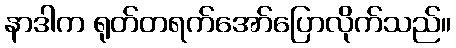
နာဒါက ရုတ်တရက်အော်ပြောလိုက်သည်။